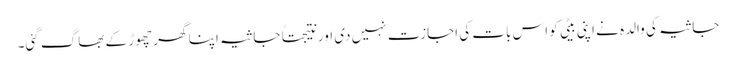
جاثیہ کی والدہ نے اپنی بیٹی کو اس بات کی اجازت نہیں دی اور نتیجتاً جاثیہ اپنا گھر چھوڑ کے بھاگ گئی۔